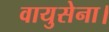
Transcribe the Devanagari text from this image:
वायुसेना।